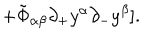
\hspace { 2 0 m m } + \tilde { \Phi } _ { \alpha \beta } { \partial _ { + } } y ^ { \alpha } { \partial _ { - } } y ^ { \beta } ] .